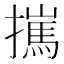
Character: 𢶮